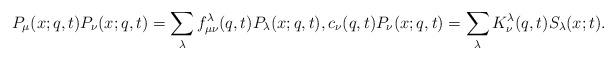
LaTeX: \begin{align*}P_{\mu}(x;q,t) P_{\nu}(x;q,t) = \sum_{\lambda} f^{\lambda}_{\mu\nu}(q,t) P_{\lambda}(x;q,t),c_{\nu}(q,t) P_{\nu}(x;q,t) = \sum_{\lambda} K^{\lambda}_{\nu}(q,t) S_{\lambda}(x;t).\end{align*}